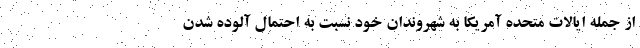
از جمله ایالات متحده آمریکا به شهروندان خود نسبت به احتمال آلوده شدن